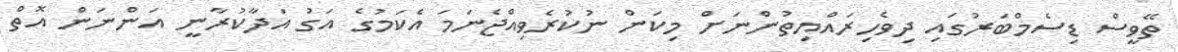
ތޭވީސް ޑިސެމްބަރުގައި ދިވެހިރައްޔިތުންނަށް މިކަން ނުކުރެވިއްޖެނަމަ އެކަމުގެ އަގު އަދާކުރާނީ އަންނަން އޮތް